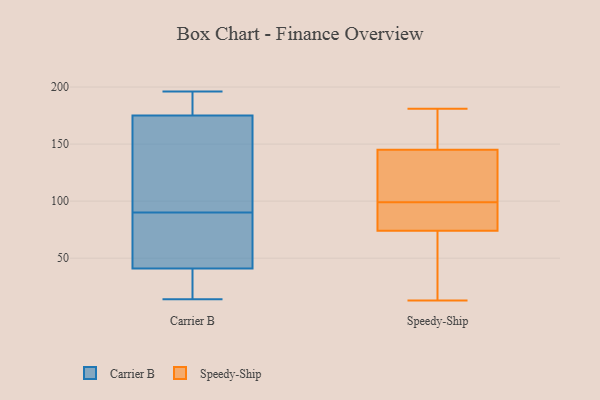
{"axis": {"x": "Net Income (USD K)", "y": "Value"}, "legend": ["Carrier B", "Speedy-Ship"], "data": [{"x": "", "y": 117, "type": "Carrier B"}, {"x": "", "y": 71, "type": "Carrier B"}, {"x": "", "y": 103, "type": "Carrier B"}, {"x": "", "y": 189, "type": "Carrier B"}, {"x": "", "y": 77, "type": "Carrier B"}, {"x": "", "y": 41, "type": "Carrier B"}, {"x": "", "y": 150, "type": "Carrier B"}, {"x": "", "y": 196, "type": "Carrier B"}, {"x": "", "y": 36, "type": "Carrier B"}, {"x": "", "y": 175, "type": "Carrier B"}, {"x": "", "y": 29, "type": "Carrier B"}, {"x": "", "y": 49, "type": "Carrier B"}, {"x": "", "y": 61, "type": "Carrier B"}, {"x": "", "y": 190, "type": "Carrier B"}, {"x": "", "y": 162, "type": "Carrier B"}, {"x": "", "y": 14, "type": "Carrier B"}, {"x": "", "y": 16, "type": "Carrier B"}, {"x": "", "y": 184, "type": "Carrier B"}, {"x": "", "y": 99, "type": "Speedy-Ship"}, {"x": "", "y": 74, "type": "Speedy-Ship"}, {"x": "", "y": 137, "type": "Speedy-Ship"}, {"x": "", "y": 99, "type": "Speedy-Ship"}, {"x": "", "y": 162, "type": "Speedy-Ship"}, {"x": "", "y": 77, "type": "Speedy-Ship"}, {"x": "", "y": 181, "type": "Speedy-Ship"}, {"x": "", "y": 132, "type": "Speedy-Ship"}, {"x": "", "y": 99, "type": "Speedy-Ship"}, {"x": "", "y": 30, "type": "Speedy-Ship"}, {"x": "", "y": 120, "type": "Speedy-Ship"}, {"x": "", "y": 14, "type": "Speedy-Ship"}, {"x": "", "y": 98, "type": "Speedy-Ship"}, {"x": "", "y": 149, "type": "Speedy-Ship"}, {"x": "", "y": 145, "type": "Speedy-Ship"}, {"x": "", "y": 13, "type": "Speedy-Ship"}, {"x": "", "y": 32, "type": "Speedy-Ship"}, {"x": "", "y": 159, "type": "Speedy-Ship"}]}